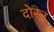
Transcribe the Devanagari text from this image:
दोस्त्त